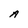
Character: A